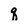
Character: q